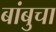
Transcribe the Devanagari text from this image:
बांबुचा